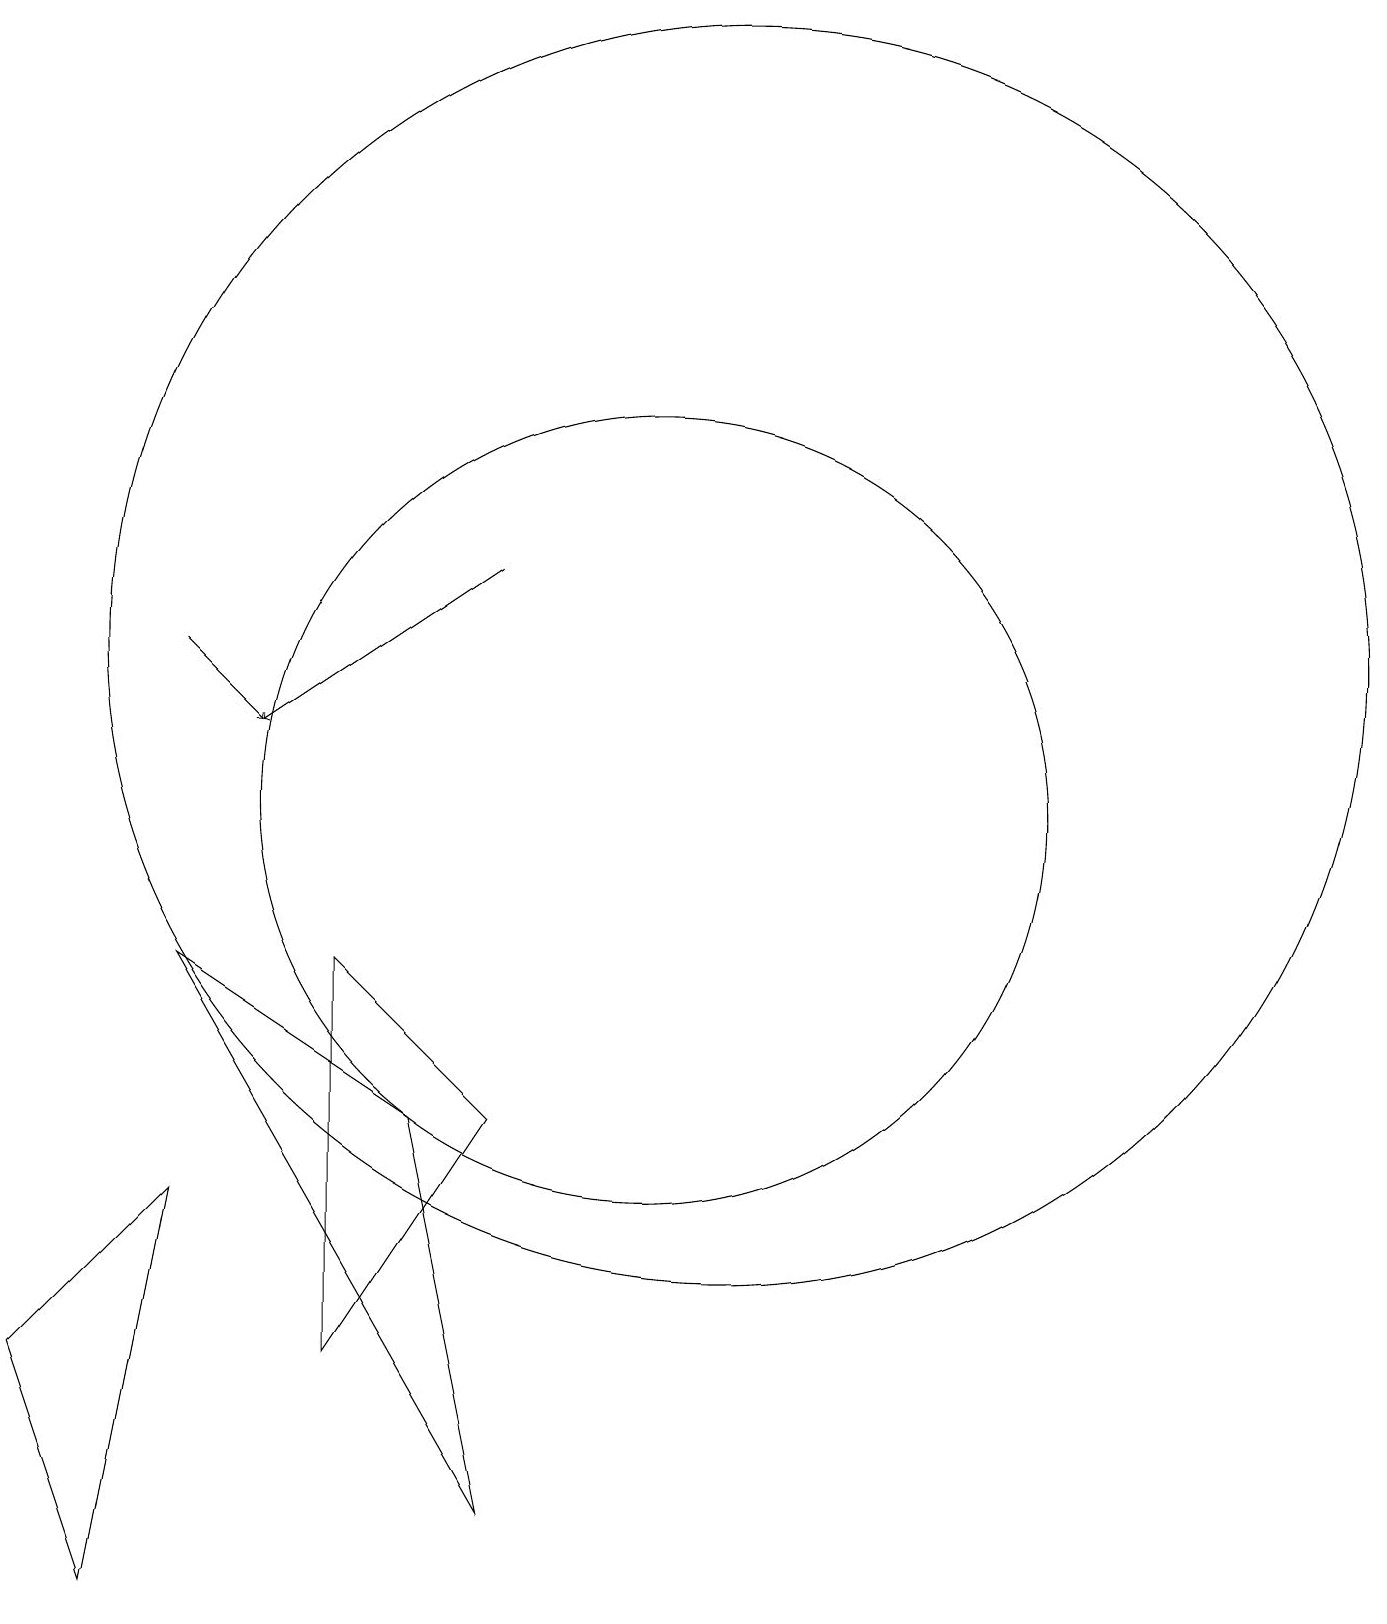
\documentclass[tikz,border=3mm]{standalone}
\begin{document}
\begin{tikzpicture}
\draw (11,12) circle (8);
\draw[->] (8,13) -- (5,11);
\draw (8,6) -- (6,3) -- (6,8) -- cycle;
\draw[->] (4,12) -- (5,11);
\draw (10,10) circle (5);
\draw (4,5) -- (2,3) -- (3,0) -- cycle;
\draw (4,8) -- (7,6) -- (8,1) -- cycle;
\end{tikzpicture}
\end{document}